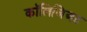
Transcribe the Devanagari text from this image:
कॉलिजिअट